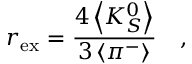
r _ { \mathrm { e x } } = \frac { 4 \left< K _ { S } ^ { 0 } \right> } { 3 \left< \pi ^ { - } \right> } \quad ,